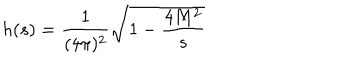
LaTeX: h ( s ) = \frac 1 { ( 4 \pi ) ^ { 2 } } \sqrt { 1 - \frac { 4 M ^ { 2 } } s }